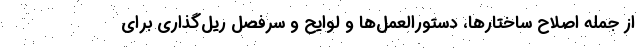
از جمله اصلاح ساختارها، دستورالعمل‌ها و لوایح و سرفصل ریل‌گذاری برای